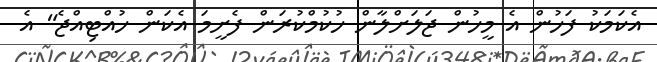
އެކަމަކު ފަހުން އެ މީހުން ޖަލަށްލާން ހުކުމްކުރަން ފެށީމަ އެކަން ހުއްޓިއްޖެ" އެ